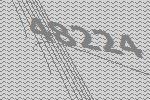
48224